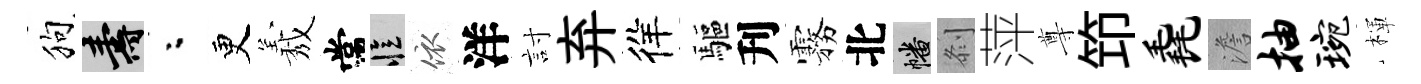
狗壽粉更𦏁常忆依洋討弃徉驅刋霧北幡𠛴萍尊笻毳澹抽琬楎